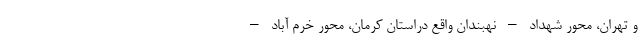
و تهران، محور شهداد – نهبندان واقع دراستان کرمان، محور خرم آباد –